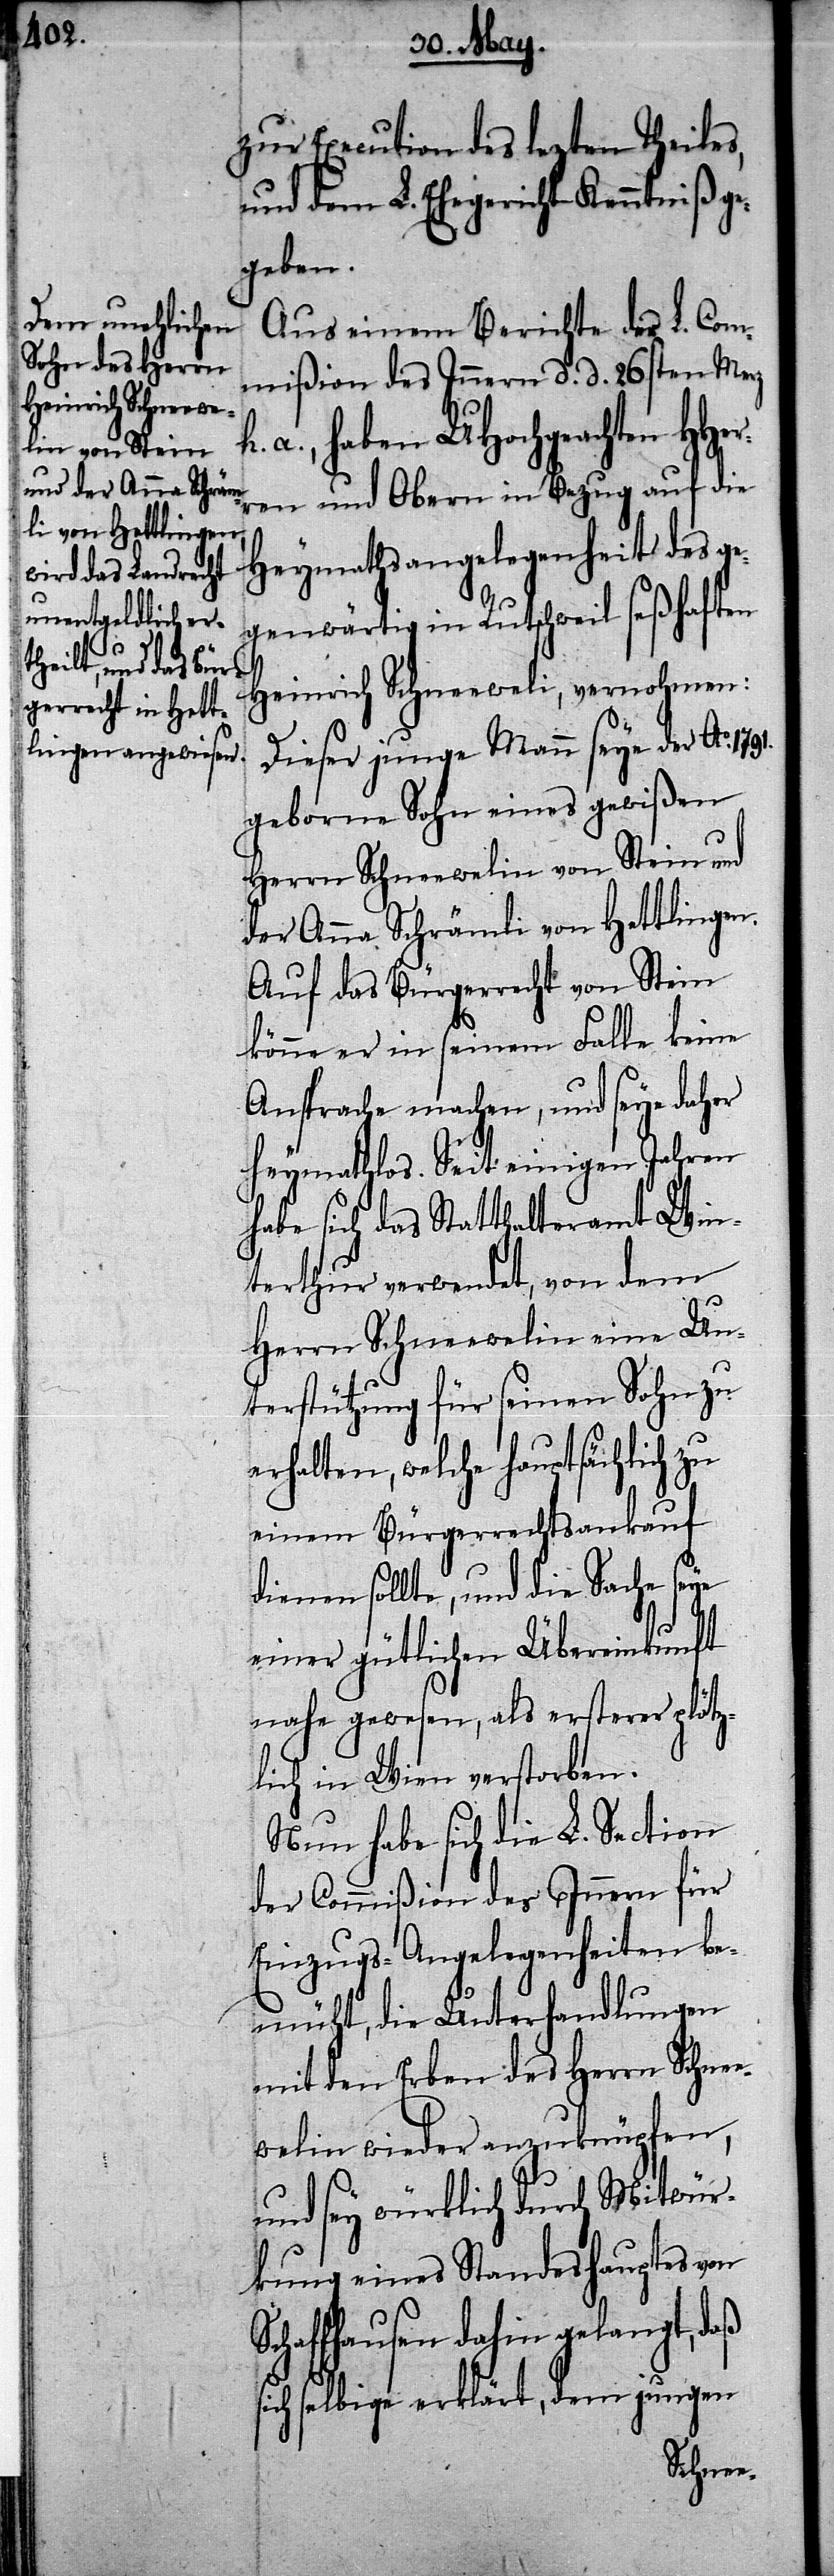
s¬
HHerr¬

zur Execution des lezten Theiles,
und dem L. Ehegericht Kenntniß ge¬
geben.
Aus einem Bericht der L. Com¬
mißion des Innern d. d. 26sten Merz
a., haben UHochgeachten
en und Obern in Bezug auf die
Heymathsangelegenheit des g¬
egenwärtig in Rutschweil seßhaften
Heinrich Schneeweli, vernohmen:
Dieser junge Mann seye der Ao.
geborne Sohn eines gewißen
Herrn Schneewelin von Stein und
der Anna Schrämli von Hettlingen.
Auf das Bürgerrecht von Stein
könne er in seinem Falle keine
Ansprache machen, und seye daher
heymathlos. Seit einigen Jahren
habe sich das Statthalteramt Win¬
terthur verwendet, von dem
Herrn Schneewelin eine Un¬
terstützung für seinen Sohn zu
erhalten, welche hauptsächlich zu
einem Bürgerrechtsankauf
dienen sollte, und die Sache seye
einer gütlichen Übereinkunft
nahe gewesen, als ersterer plötz¬
lich in Wien verstorben.
Nun habe sich die L. Section
der Commißion des Innern für
Einzugs-Angelegenheiten be¬
müht, die Unterhandlungen
mit den Erben des Herrn Schne¬
ewelin wieder anzuknüpfen,
und sey würklich durch Mitwür¬
kung eines Standeshauptes von
Schaffhausen dahin gelangt, daß
ich selbige erklärt, dem jungen